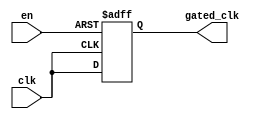
module ClockGatingBuffer (
    input wire clk,         // Main clock signal
    input wire en,          // Enable signal for clock gating
    output reg gated_clk    // Gated clock output
);

// Main logic for clock gating
always @(posedge clk or negedge en) begin
    if (!en) begin
        gated_clk <= 1'b0; // Hold gated clock low when enable is low
    end else begin
        gated_clk <= clk;   // Pass the clock through when enable is high
    end
end

endmodule